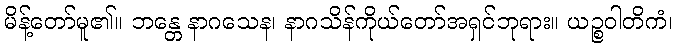
မိန့်တော်မူ၏။ ဘန္တေ နာဂသေန၊ နာဂသိန်ကိုယ်တော်အရှင်ဘုရား။ ယဉ္စဝါတိကံ၊